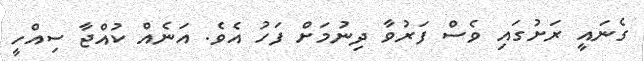
ގެނައީ ރަށުގައި ވެސް ފަރުވާ ދިނުމަށް ފަހު އެވެ. އަނެއް ކުއްޖާ ސިއްހީ